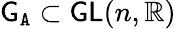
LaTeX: {\mathsf{G}}_{\mathtt{A}}\subset\mathsf{GL}(n,\mathbb{R})